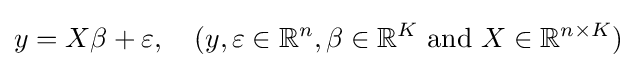
y=X\beta +\varepsilon ,\quad (y,\varepsilon \in \mathbb {R} ^{n},\beta \in \mathbb {R} ^{K}{\text{ and }}X\in \mathbb {R} ^{n\times K})